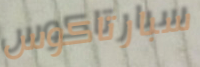
سبارتاكوس